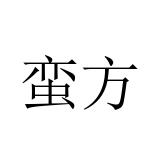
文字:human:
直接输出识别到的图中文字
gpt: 蛮方